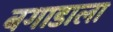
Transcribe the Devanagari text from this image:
बगाडाला